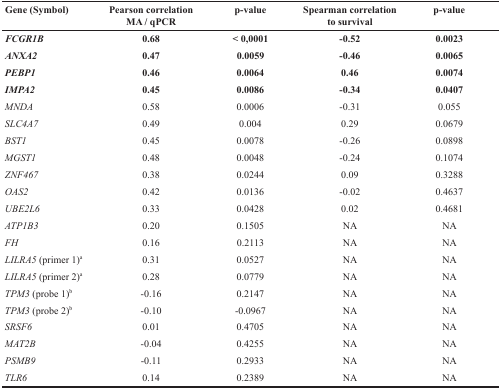
| Gene (Symbol) | Pearson correlation MA / qPCR | p-value | Spearman correlation to survival | p-value |
 | --- | --- | --- | --- | --- |
 | FCGR1B | 0.68 | < 0,0001 | -0.52 | 0.0023 |
 | ANXA2 | 0.47 | 0.0059 | -0.46 | 0.0065 |
 | PEBP1 | 0.46 | 0.0064 | 0.46 | 0.0074 |
 | IMPA2 | 0.45 | 0.0086 | -0.34 | 0.0407 |
 | MNDA | 0.58 | 0.0006 | −0.31 | 0.055 |
 | SLC4A7 | 0.49 | 0.004 | 0.29 | 0.0679 |
 | BST1 | 0.45 | 0.0078 | −0.26 | 0.0898 |
 | MGST1 | 0.48 | 0.0048 | −0.24 | 0.1074 |
 | ZNF467 | 0.38 | 0.0244 | 0.09 | 0.3288 |
 | OAS2 | 0.42 | 0.0136 | −0.02 | 0.4637 |
 | UBE2L6 | 0.33 | 0.0428 | 0.02 | 0.4681 |
 | ATP1B3 | 0.20 | 0.1505 | NA | NA |
 | FH | 0.16 | 0.2113 | NA | NA |
 | LILRA5 (primer 1)a | 0.31 | 0.0527 | NA | NA |
 | LILRA5 (primer 2)a | 0.28 | 0.0779 | NA | NA |
 | TPM3 (probe 1)b | −0.16 | 0.2147 | NA | NA |
 | TPM3 (probe 2)b | −0.10 | −0.0967 | NA | NA |
 | SRSF6 | 0.01 | 0.4705 | NA | NA |
 | MAT2B | −0.04 | 0.4255 | NA | NA |
 | PSMB9 | −0.11 | 0.2933 | NA | NA |
 | TLR6 | 0.14 | 0.2389 | NA | NA |